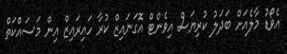
އެވޯޑު މާލެއަށް ބަދަލު ކުރިޔަސް އިވެންޓް އޮގަނައިޒް ކުރާ ހައިރައިޒް އިން މަސައްކަތް